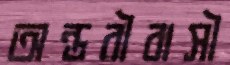
অন্তরীবাসী